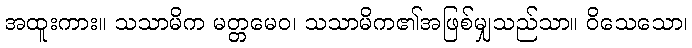
အထူးကား။ သသာမိက မတ္တမေဝ၊ သသာမိက၏အဖြစ်မျှသည်သာ။ ဝိသေသော၊